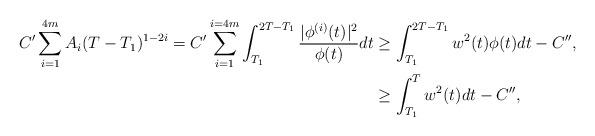
LaTeX: \begin{align*}C'\sum_{i=1}^{4m}A_i(T-T_{1})^{1-2i}=C'\sum_{i=1}^{i=4m}\int_{T_{1}}^{2T-T_1}\frac{|\phi^{(i)}(t)|^{2}}{\phi(t)}dt& \geq\int_{T_{1}}^{2T-T_1}w^{2}(t)\phi(t)dt - C'',\\& \geq \int_{T_{1}}^{T}w^{2}(t)dt - C'',\end{align*}